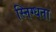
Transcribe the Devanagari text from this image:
स्निग्‍धता